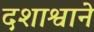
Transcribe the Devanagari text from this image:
दशाश्वाने